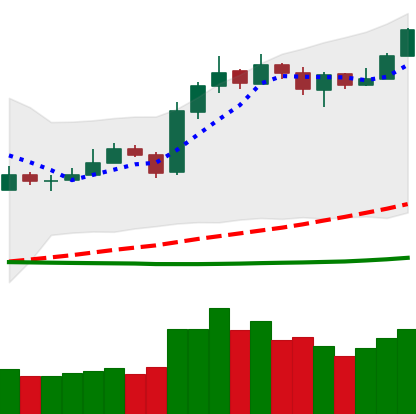
Ticker: LTC-USD
Chart end date: 2019-03-16
Forward return: -3.988%
Label: down_3_5